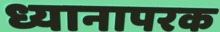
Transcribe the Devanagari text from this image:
ध्यानापरक